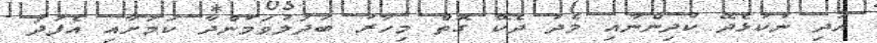
އަދި ނުކުޅެދޭ ކުދިންނާއި މެދު ދެކޭ ގޮތް މިހާރު ބަދަލުވަމުންދާ ކަމަށާއި އެފަދަ